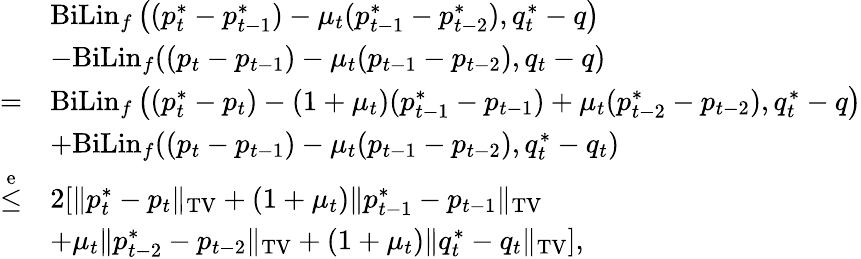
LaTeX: \begin{array}{rl}&{\mathrm{BiLin}_{f}\left((p_{t}^{*}-p_{t-1}^{*})-\mu_{t}(p_{t-1}^{*}-p_{t-2}^{*}),q_{t}^{*}-q\right)}\\ &{-\mathrm{BiLin}_{f}((p_{t}-p_{t-1})-\mu_{t}(p_{t-1}-p_{t-2}),q_{t}-q)}\\ {=}&{\mathrm{BiLin}_{f}\left((p_{t}^{*}-p_{t})-(1+\mu_{t})(p_{t-1}^{*}-p_{t-1})+\mu_{t}(p_{t-2}^{*}-p_{t-2}),q_{t}^{*}-q\right)}\\ &{+\mathrm{BiLin}_{f}((p_{t}-p_{t-1})-\mu_{t}(p_{t-1}-p_{t-2}),q_{t}^{*}-q_{t})}\\ {\overset{\mathrm{e}}{\leq}}&{2[\| p_{t}^{*}-p_{t}\| _{\mathrm{TV}}+(1+\mu_{t})\| p_{t-1}^{*}-p_{t-1}\| _{\mathrm{TV}}}\\ &{+\mu_{t}\| p_{t-2}^{*}-p_{t-2}\| _{\mathrm{TV}}+(1+\mu_{t})\| q_{t}^{*}-q_{t}\| _{\mathrm{TV}}],}\end{array}